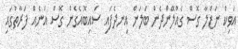
އަވިކް ނަޒްލާ ގޮސް ގެއްލޭންދެން ބަލަން އިނދެފައި ސައިބޮއެގެން ގޮސް އަނެއް ފަރާތުގައި